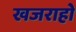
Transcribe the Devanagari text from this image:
खजराहो